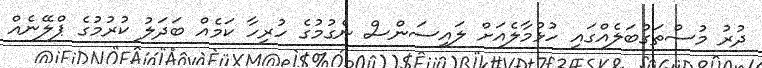
ދުރު މުސްތަގުބަލެއްގައި ހުޅުމާލެއަށް ލައިސަންސް ނެގުމުގެ ހުރިހާ ކަމެއް ބަދަލު ކުރުމުގެ ޕްލޭނެއް